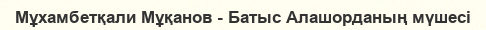
Мұхамбетқали Мұқанов - Батыс Алашорданың мүшесі